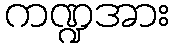
ကဏ္ဍအား